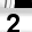
Digit: 2